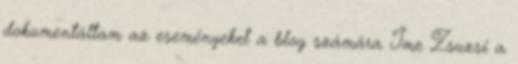
dokumentáltam az eseményeket a blog számára Íme Zsuzsi a